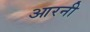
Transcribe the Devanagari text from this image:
आरनी